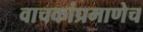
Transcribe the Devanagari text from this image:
वाचकांप्रमाणेच